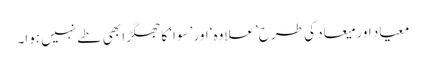
معیاد اور میعاد کی طرح ’علاوہ‘ اور ’سوا‘ کا جھگڑا بھی طے نہیں ہوا۔